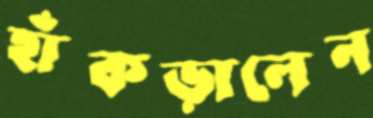
হাঁকড়ালেন